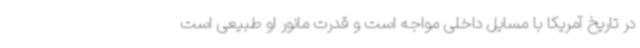
در تاریخ آمریکا با مسایل داخلی مواجه است و قدرت مانور او طبیعی است